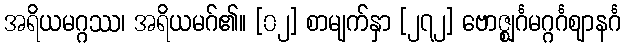
အရိယမဂ္ဂဿ၊ အရိယမဂ်၏။ [၀၂] စာမျက်နှာ [၂၇၂] ဗောဇ္ဈင်္ဂမဂ္ဂင်္ဂဈာနင်္ဂ